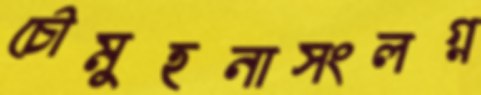
চৌমুহনাসংলগ্ন